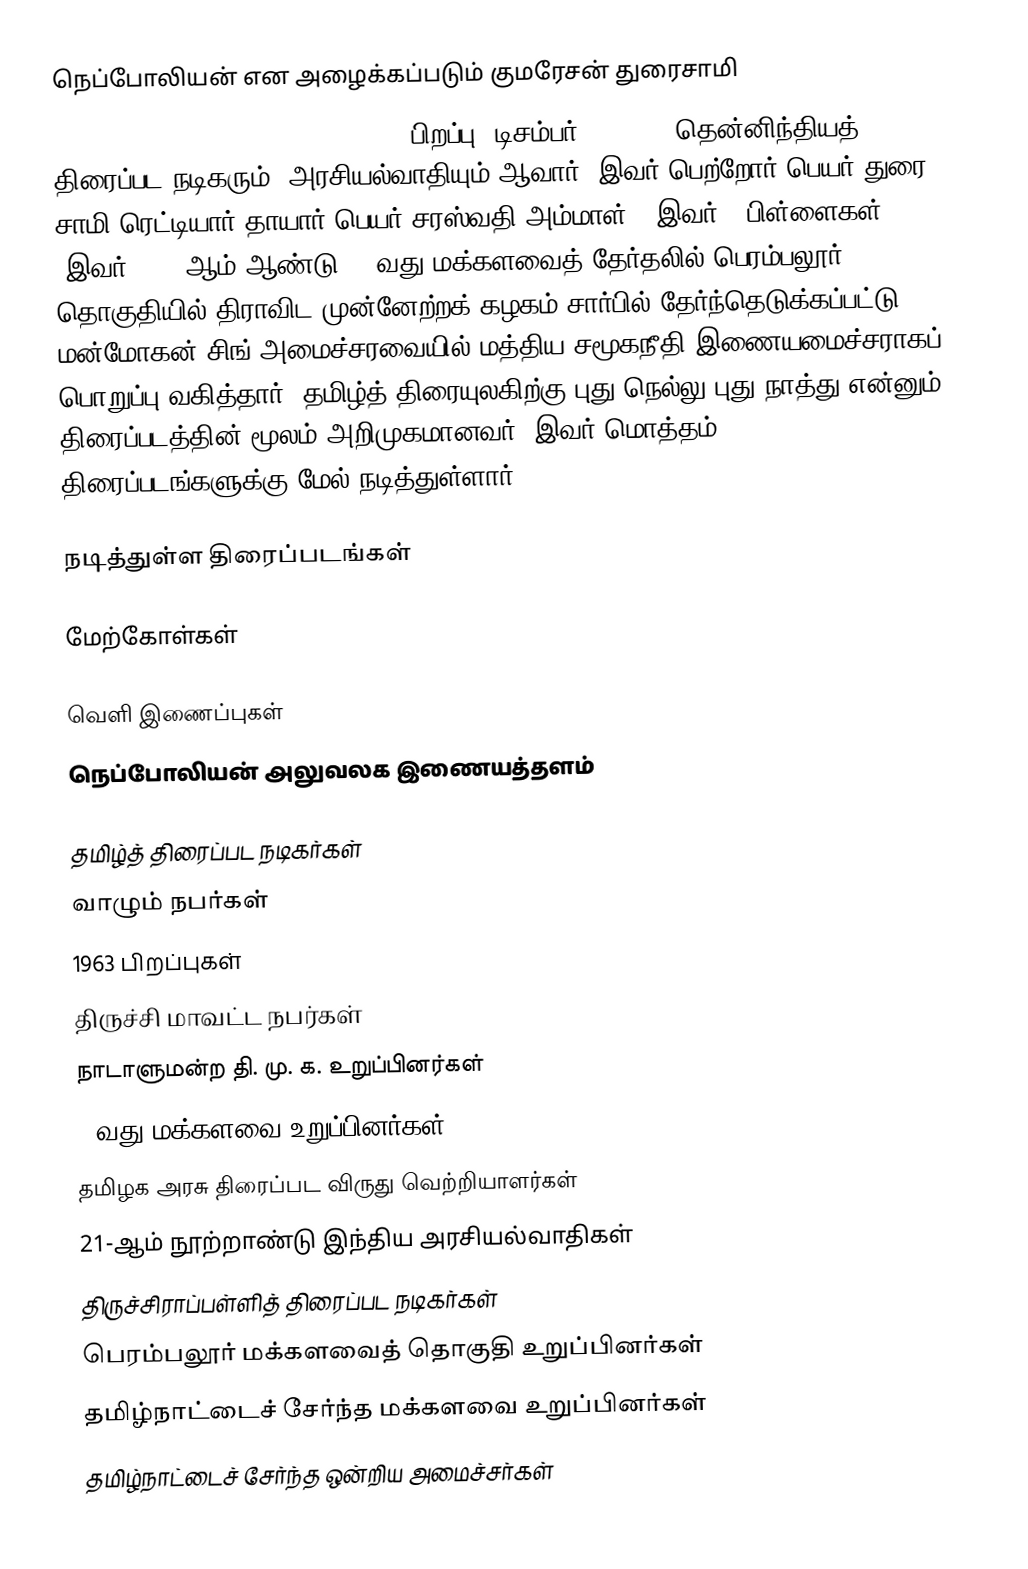
நெப்போலியன் என அழைக்கப்படும் குமரேசன் துரைசாமி
(Kumaresan Duraisamy or Napoleon),  (பிறப்பு: டிசம்பர் 2, 1963) தென்னிந்தியத் திரைப்பட நடிகரும், அரசியல்வாதியும் ஆவார். இவர் பெற்றோர் பெயர் துரை சாமி ரெட்டியார் தாயார் பெயர் சரஸ்வதி அம்மாள் . இவர்  7 பிள்ளைகள் .இவர் 2009 ஆம் ஆண்டு 15 வது மக்களவைத் தேர்தலில் பெரம்பலூர் தொகுதியில் திராவிட முன்னேற்றக் கழகம் சார்பில் தேர்ந்தெடுக்கப்பட்டு மன்மோகன் சிங் அமைச்சரவையில் மத்திய சமூகநீதி இணையமைச்சராகப் பொறுப்பு வகித்தார். தமிழ்த் திரையுலகிற்கு புது நெல்லு புது நாத்து என்னும் திரைப்படத்தின் மூலம் அறிமுகமானவர். இவர் மொத்தம் 70 திரைப்படங்களுக்கு மேல் நடித்துள்ளார்.

நடித்துள்ள திரைப்படங்கள்

மேற்கோள்கள்

வெளி இணைப்புகள்
நெப்போலியன் அலுவலக இணையத்தளம்

தமிழ்த் திரைப்பட நடிகர்கள்
வாழும் நபர்கள்
1963 பிறப்புகள்
திருச்சி மாவட்ட நபர்கள்
நாடாளுமன்ற தி. மு. க. உறுப்பினர்கள்
15வது மக்களவை உறுப்பினர்கள்
தமிழக அரசு திரைப்பட விருது வெற்றியாளர்கள்
21-ஆம் நூற்றாண்டு இந்திய அரசியல்வாதிகள்
திருச்சிராப்பள்ளித் திரைப்பட நடிகர்கள்
பெரம்பலூர் மக்களவைத் தொகுதி உறுப்பினர்கள்
தமிழ்நாட்டைச் சேர்ந்த மக்களவை உறுப்பினர்கள்
தமிழ்நாட்டைச் சேர்ந்த ஒன்றிய அமைச்சர்கள்